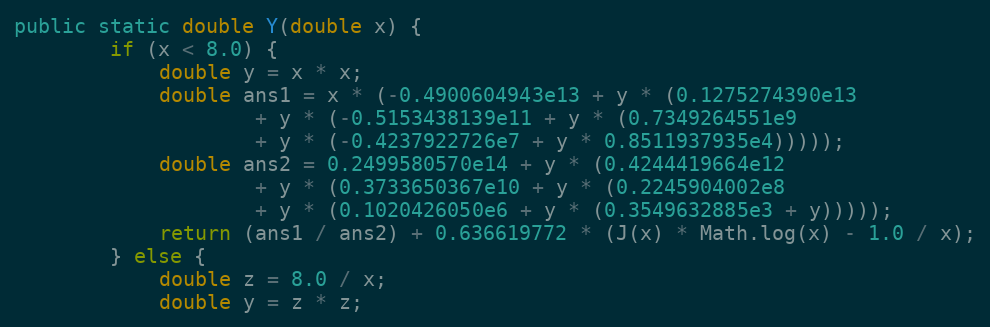
Language: Java
public static double Y(double x) {
        if (x < 8.0) {
            double y = x * x;
            double ans1 = x * (-0.4900604943e13 + y * (0.1275274390e13
                    + y * (-0.5153438139e11 + y * (0.7349264551e9
                    + y * (-0.4237922726e7 + y * 0.8511937935e4)))));
            double ans2 = 0.2499580570e14 + y * (0.4244419664e12
                    + y * (0.3733650367e10 + y * (0.2245904002e8
                    + y * (0.1020426050e6 + y * (0.3549632885e3 + y)))));
            return (ans1 / ans2) + 0.636619772 * (J(x) * Math.log(x) - 1.0 / x);
        } else {
            double z = 8.0 / x;
            double y = z * z;